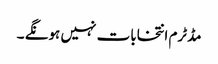
مڈٹرم انتخابات نہیں ہونگے ۔